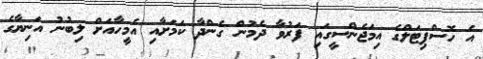
އެ ހޮސްޕިޓަލްގެ އިމަޖެންސީގައި ފަރުވާ ދެމުން ގެންދާ ކަމަށާއި އެމީހާއަށް ލިބުނު އަނިޔާގެ